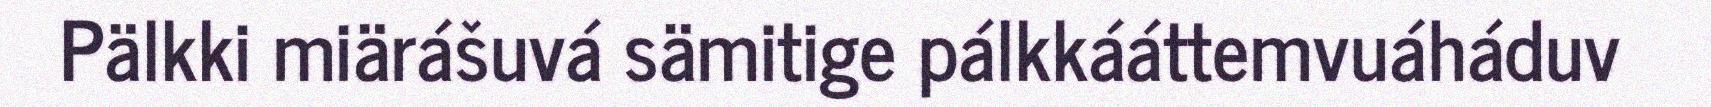
Pälkki miärášuvá sämitige pálkkááttemvuáháduv